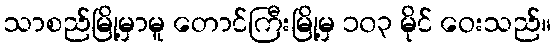
သာစည်မြို့မှာမူ တောင်ကြီးမြို့မှ ၁၀၃ မိုင် ဝေးသည်။